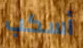
أسكب